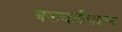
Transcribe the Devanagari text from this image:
बनावटीबद्दल